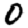
Digit: 0